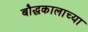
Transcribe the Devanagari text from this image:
बौद्धकालाच्या